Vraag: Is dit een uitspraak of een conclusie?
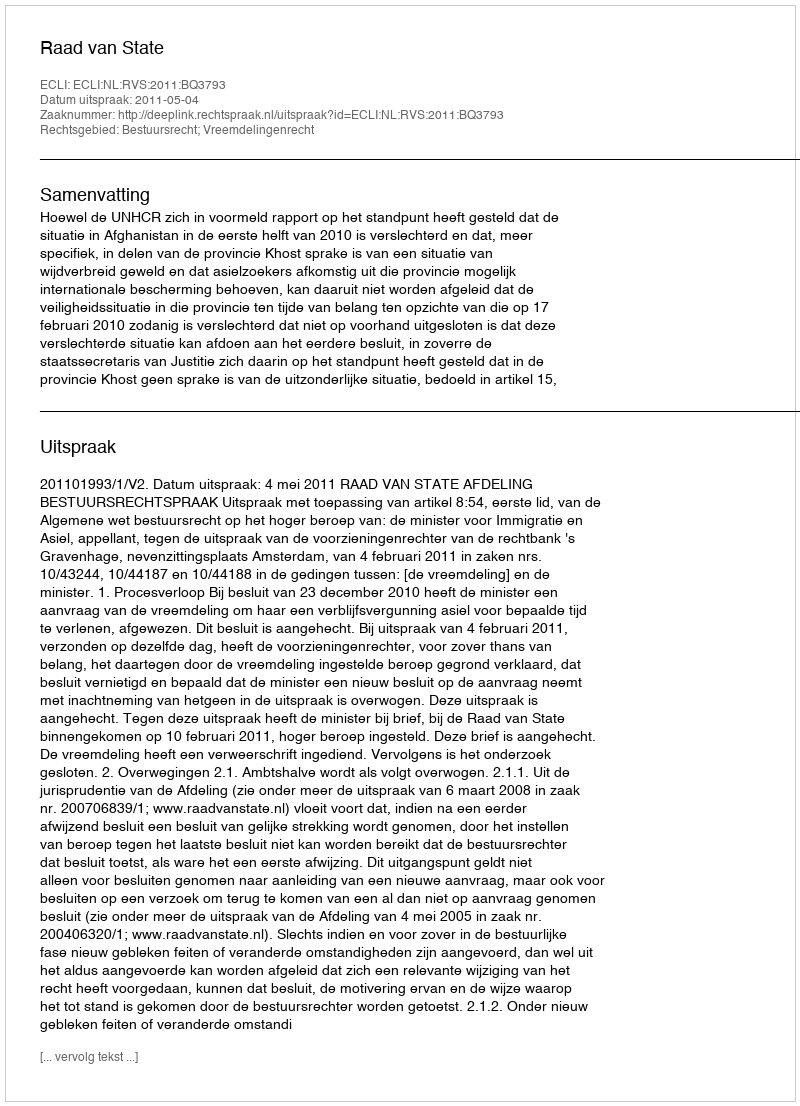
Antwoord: Uitspraak